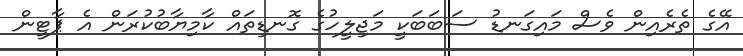
އޭގެ ތެރެއިން ވެސް މައިގަނޑު ސަބަބަކީ މަޖިލީހުގެ ގޮނޑިތައް ކާމިޔާބުކުރަން އެ ޕާޓީން